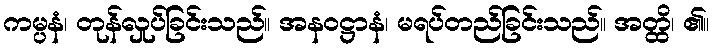
ကမ္ပနံ၊ တုန်လှုပ်ခြင်းသည်။ အနဝဋ္ဌာနံ၊ မရပ်တည်ခြင်းသည်။ အတ္ထိ၊ ၏။